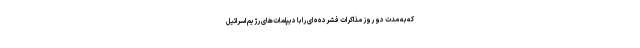
که به مدت دو روز مذاکرات فشرده‌ه ای را با دیپلمات‌های رژیم اسرائیل